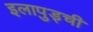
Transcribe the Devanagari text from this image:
इलापुड्ची